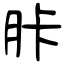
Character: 胩